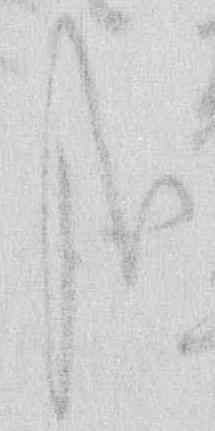
哉